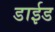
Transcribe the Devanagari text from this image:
डाईड